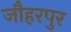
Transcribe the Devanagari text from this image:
जौहरपुर